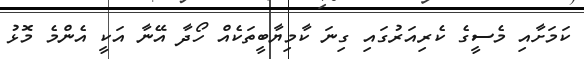
ކަމަށާއި މެސީގެ ކެރިއަރުގައި ގިނަ ކާމިޔާބީތަކެއް ހޯދާ އޭނާ އަކީ އެންމެ މޮޅު